Scottish Leaving Certificate Examination, 1961
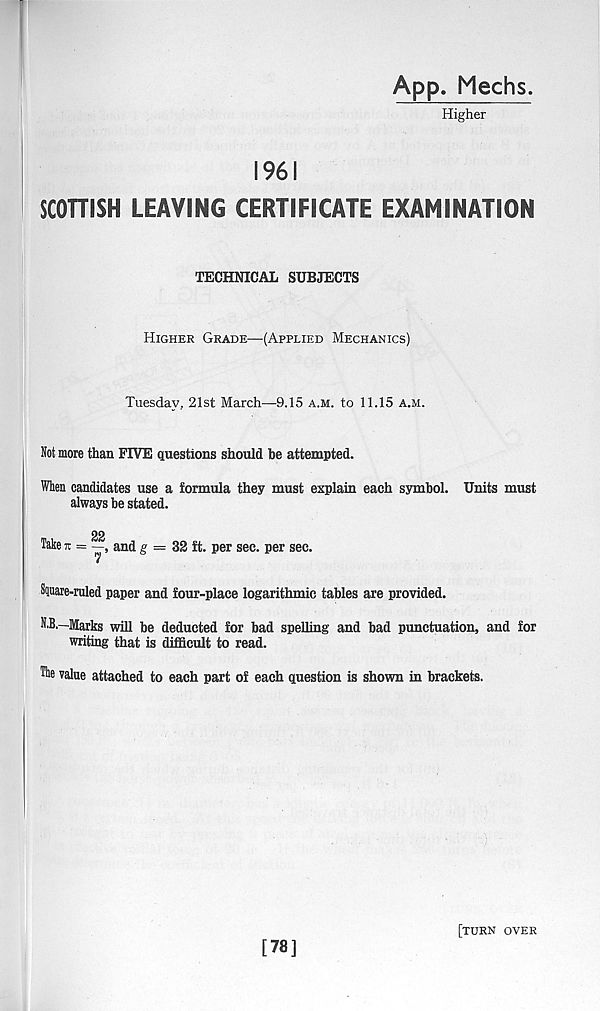
App. Mechs.
Higher
1961
SCOHISH LEAVING CERTIFICATE EXAMINATION
TECHNICAL SUBJECTS
Higher Grade—(Applied Mechanics)
Tuesday.. 21st March—9.15 a.m. to 11.15 a.m.
Not more than FIVE questions should be attempted.
When candidates use a formula they must explain each symbol. Units must
always be stated.
22
Take t: =
and g = 32 ft. per sec. per sec.
Sware-ruled paper and four-place logarithmic tables are provided.
N.B.—Marks will be deducted for bad spelling and bad punctuation, and for
writing that is difficult to read.
The value attached to each part of each question is shown in brackets.
[78]
[turn over